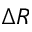
\Delta R